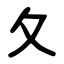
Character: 夂